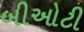
બીઓટી